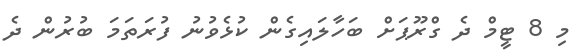
މި 8 ޓީމް ދެ ގްރޫޕަށް ބަހާލައިގެން ކުޅެވުނު ފުރަތަމަ ބުރުން ދެ